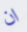
ان